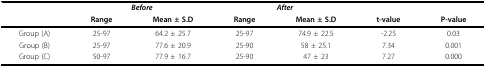
<table><thead><tr><td>[EMPTY_CELL]</td><td colspan="2"><b><i>Before</i></b></td><td colspan="2"><b><i>After</i></b></td><td>[EMPTY_CELL]</td><td>[EMPTY_CELL]</td></tr><tr><td>[EMPTY_CELL]</td><td><b>Range</b></td><td><b>Mean ± S.D</b></td><td><b>Range</b></td><td><b>Mean ± S.D</b></td><td><b>t-value</b></td><td><b>P-value</b></td></tr></thead><tbody><tr><td>Group (A)</td><td>25-97</td><td>64.2 ± 25.7</td><td>25-97</td><td>74.9 ± 22.5</td><td>-2.25</td><td>0.03</td></tr><tr><td>Group (B)</td><td>25-97</td><td>77.6 ± 20.9</td><td>25-90</td><td>58 ± 25.1</td><td>7.34</td><td>0.001</td></tr><tr><td>Group (C)</td><td>50-97</td><td>77.9 ± 16.7</td><td>25-90</td><td>47 ± 23</td><td>7.27</td><td>0.000</td></tr></tbody></table>